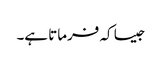
جیسا کہ فرماتا ہے۔